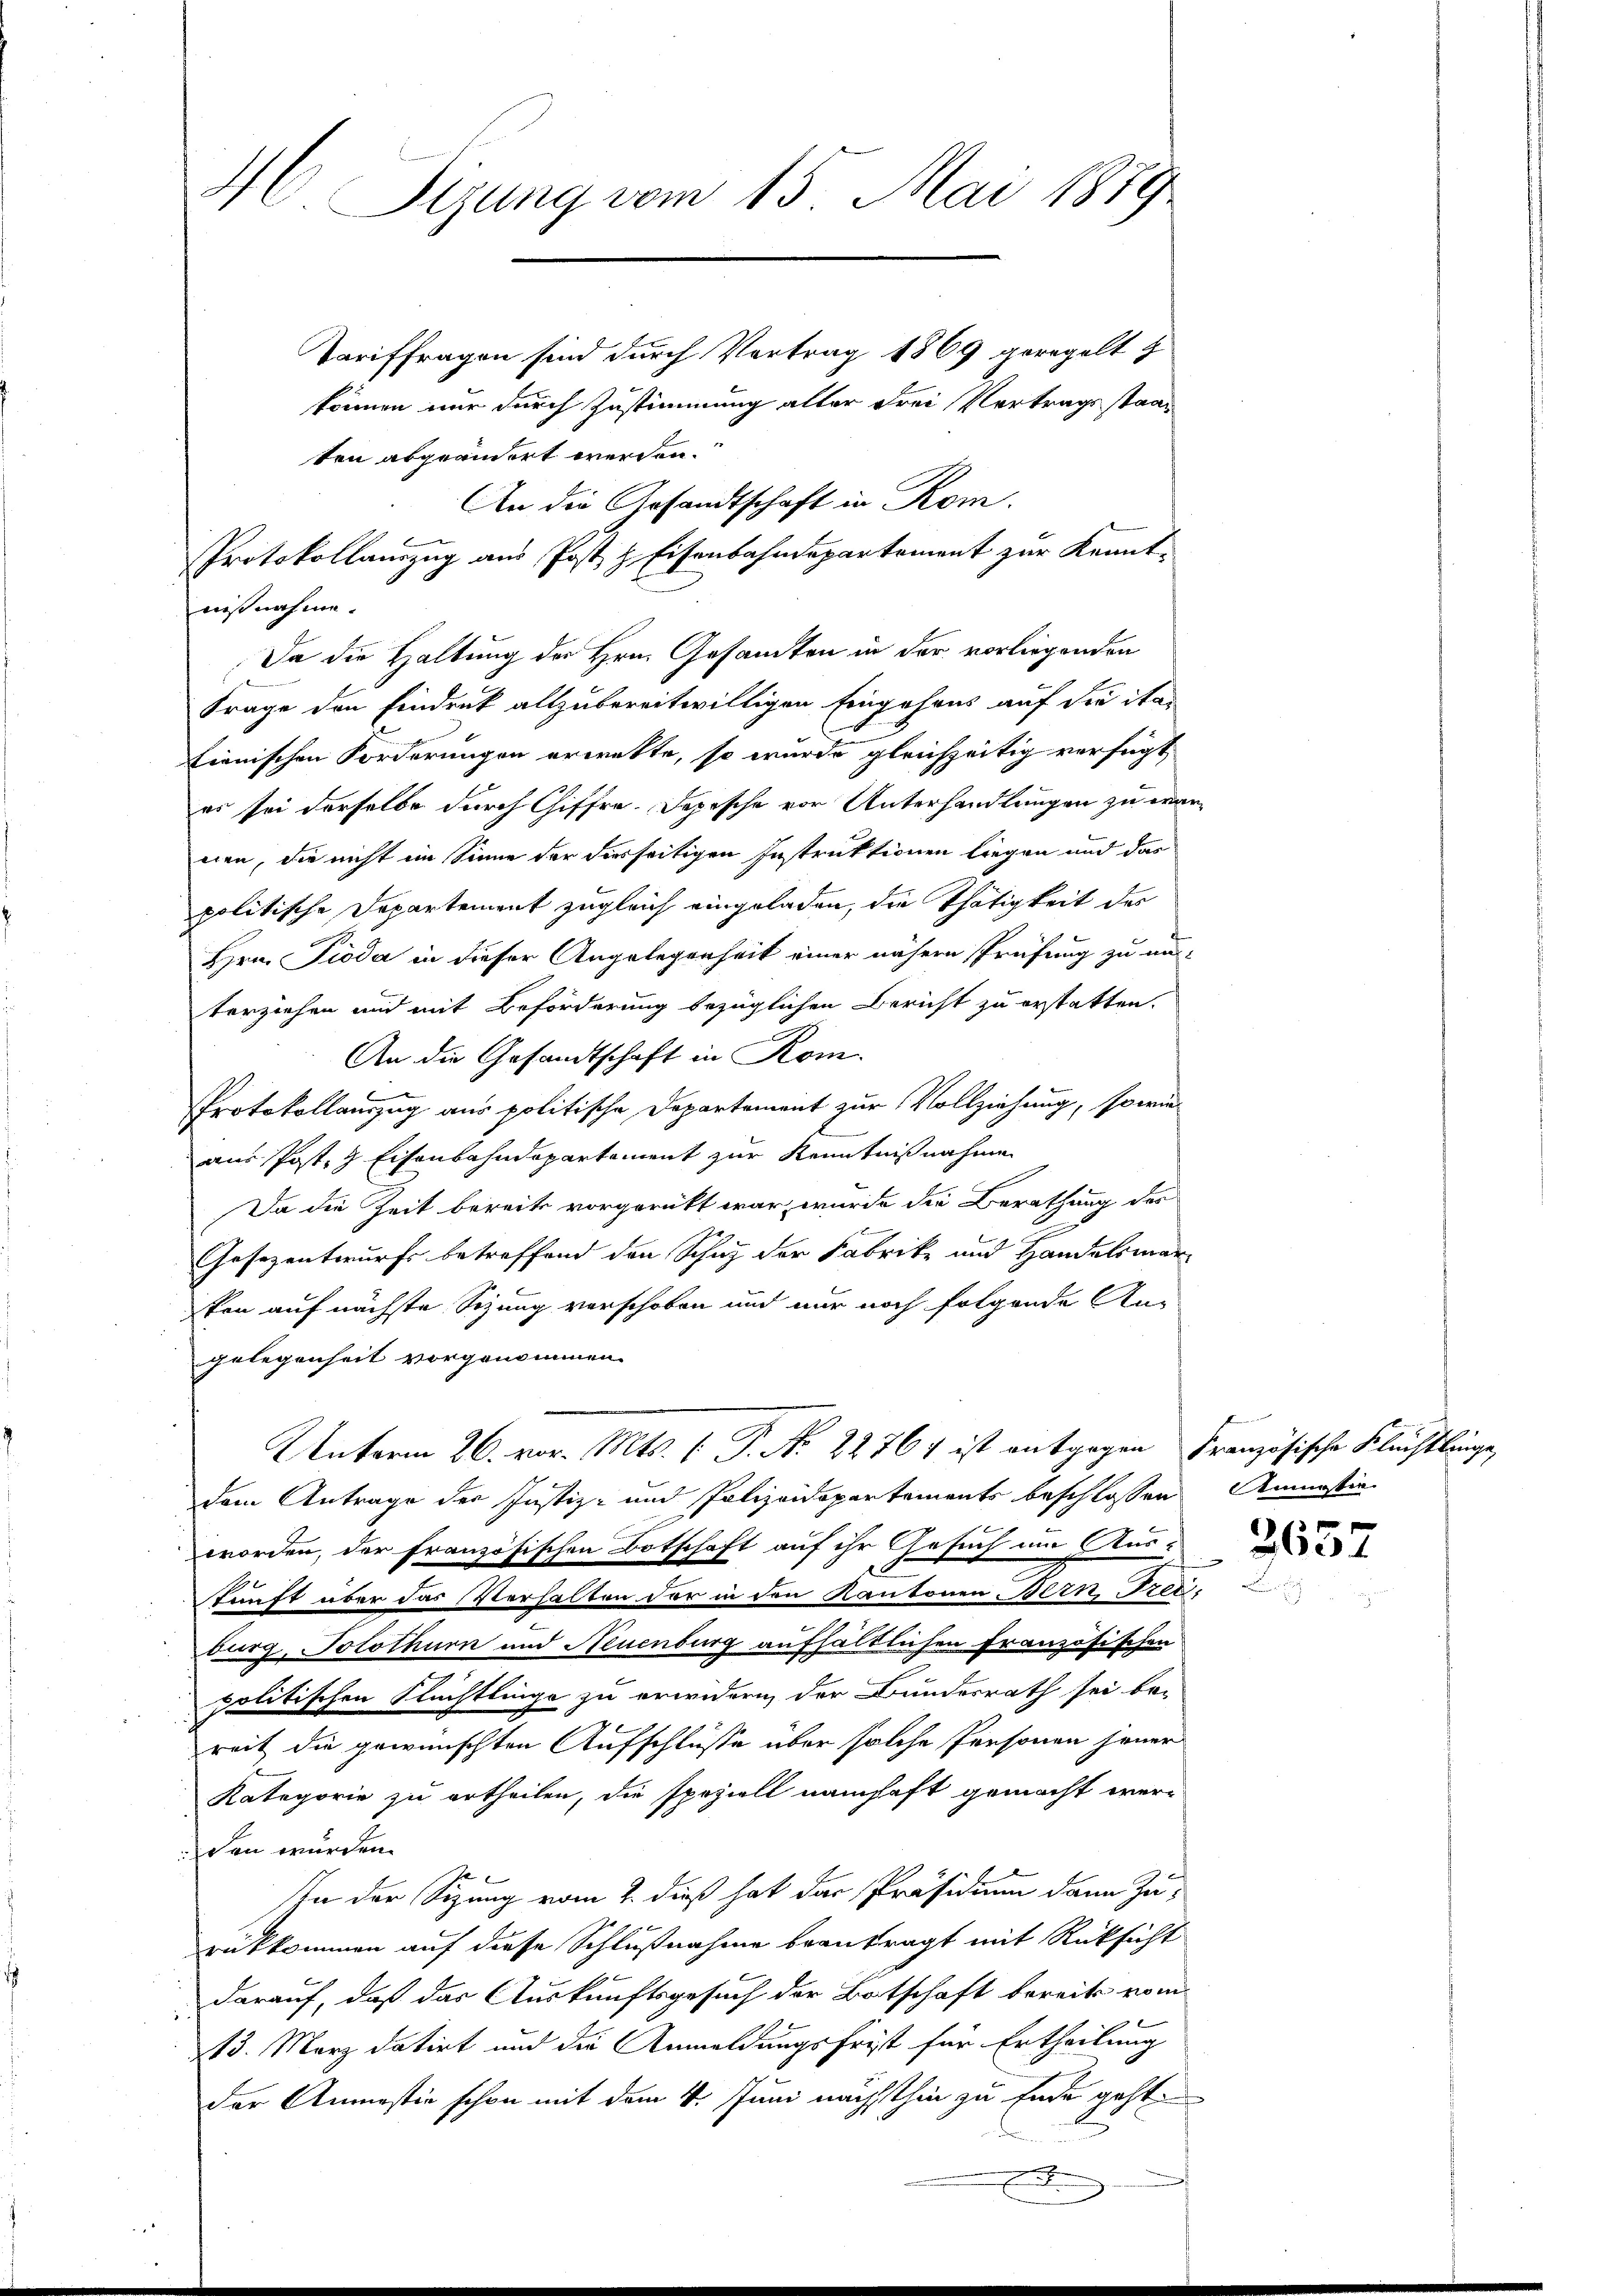
MC Sizung vom 15. Mai 1879
Tariffragen sind durch Vortrag 1869 geregelt
können nur durch Zustimmung alter Frei Vertragsstaat
ten abgeändert werden.

Protokollauszug aus Post z. Eisenbahndepartement zur Kennt-
nißnahme.

An die Gesandtschaft in Rom.
Da die Haltung der Hrn. Gesandten in der vorliegenden
Frage den Eindruck allzubereitwilligen Eingahres auf die ita
tienischen Forderungen erwerkte, so wurde gleichzeitig verfügt,
es sei derselbe durch Chiffra-Dopische vor Unterhandlungen zu eraneien, die nicht im Sinne der diesseitigen Instruktionen liegen und das
politische Departement zugleich eingeladen, die Thätigkeit des
Hrn. Pioda in dieser Angelegenheit einer nähern Prüfung zu unterziehen und mit Beförderung bezüglichen Bericht zu erstatten.
An die Gesandtschaft in Kom
PProtokollauszug aus politische Departement zur Vollziehung, sowie
aus Post, 7 Eisenbahndepartement zur Kenntnißnahme
Da die Zeit bereits vorgerückt war, wurde die Berathung der
F
Gesezentwurfs betreffend den Schutz der Fabrike und Handelsmarton auf nächste Sizung verschoben und nur noch folgende Angelegenheit vorgenommen.
Unterm 26. vor. Mts. [ P. Nr. 22767 ist entgegen Französische Flüchtlinge,
dem Antrage der Justiz- und Polizeidepartements beschlossen
worden, der französischen Botschaft auf ihr Gesuch um Auskunft über das Verhalten der in den Kantonen Bern, Tret,
burg, Solothurn und Neuenburg aufhältlichen Französischen
politischen Rechtlinge zu erwidern der Bunderrath sei be-
reit die gewünschten Aufschlüsse über solche Personen jener
Kategorie zu ertheilen, die speziell namhaft gemacht wer-
den wurden.
In der Sizung vom 2. dieß hat der Präsidium dann zu-
rükkommen auf diese Schlußnahme beantragt mit Rücksicht
darauf, daß das Auskunftsgesuch der Botschaft bereits vom
13. März datirt und die Anmeldungsfrist für Ertheilung
der Anmastie schon mit dem 4. Juni nächsthin zu Ende geht.

7

tingstie

3657